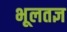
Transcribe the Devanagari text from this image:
भूलतज्ञ